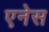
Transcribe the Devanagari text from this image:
एनेस